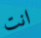
انت